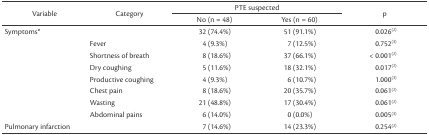
| <ROWSPAN=2> Variable | <ROWSPAN=2> Category | <COLSPAN=2> PTE suspected | <ROWSPAN=2> p |
 | No (n = 48) | Yes (n = 60) |
 | --- | --- | --- | --- | --- |
 | <ROWSPAN=8> Symptoms* |  | 32 (74.4%) | 51 (91.1%) | 0.026(2) |
 | Fever | 4 (9.3%) | 7 (12.5%) | 0.752(3) |
 | Shortness of breath | 8 (18.6%) | 37 (66.1%) | < 0.001(2) |
 | Dry coughing | 5 (11.6%) | 18 (32.1%) | 0.017(2) |
 | Productive coughing | 4 (9.3%) | 6 (10.7%) | 1.000(3) |
 | Chest pain | 8 (18.6%) | 20 (35.7%) | 0.061(2) |
 | Wasting | 21 (48.8%) | 17 (30.4%) | 0.061(2) |
 | Abdominal pains | 6 (14.0%) | 0 (0.0%) | 0.005(3) |
 | Pulmonary infarction |  | 7 (14.6%) | 14 (23.3%) | 0.254(2) |